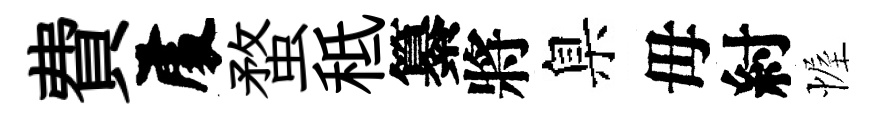
費𠁅蝥秪纂將臬毋紂幄